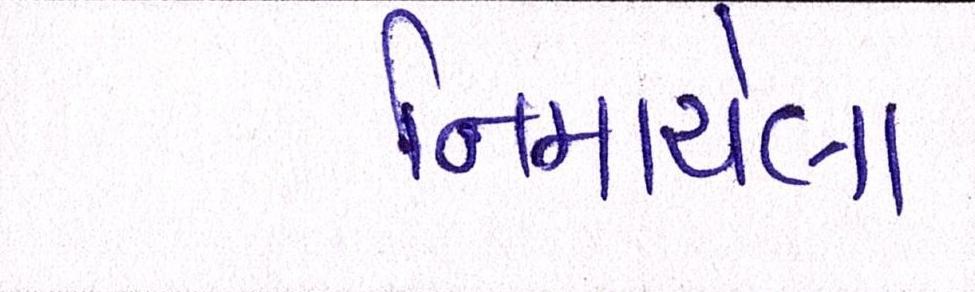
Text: નિમાયેલા